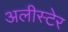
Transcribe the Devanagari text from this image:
अलीस्टेर